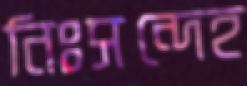
নিঃসন্দেহ